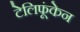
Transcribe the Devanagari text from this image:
टेलिफूंकेन